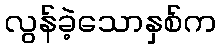
လွန်ခဲ့သောနှစ်က